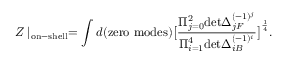
Z \mid _ { \mathrm { o n - s h e l l } } = \int d ( \mathrm { z e r o ~ m o d e s } ) \big [ { \frac { \Pi _ { j = 0 } ^ { 2 } \mathrm { d e t } \Delta _ { j F } ^ { ( - 1 ) ^ { j } } } { \Pi _ { i = 1 } ^ { 4 } \mathrm { d e t } \Delta _ { i B } ^ { ( - 1 ) ^ { i } } } } \big ] ^ { \frac { 1 } { 4 } } .